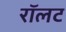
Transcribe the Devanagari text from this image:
रॉलट